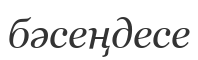
бәсеңдесе